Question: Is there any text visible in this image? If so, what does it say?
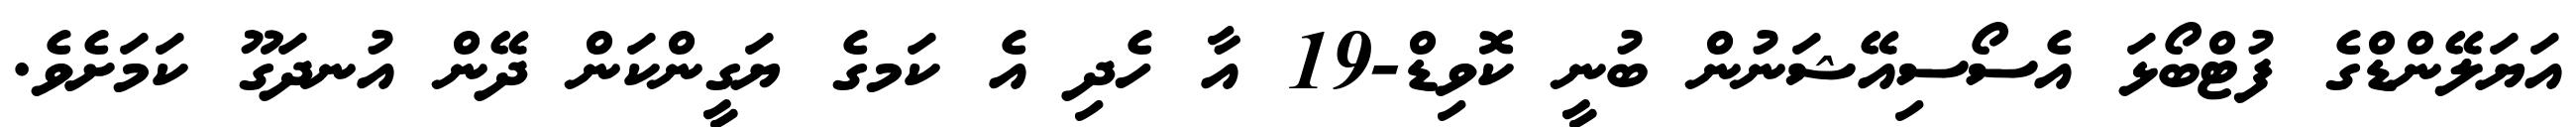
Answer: އަޔަލޭންޑްގެ ފުޓްބޯޅަ އެސޯސިއޭޝަނުން ބުނީ ކޮވިޑް-19 އާ ހެދި އެ ކަމގެ ޔަގީންކަން ދޭން އުނދަގޫ ކަމަށެވެ.